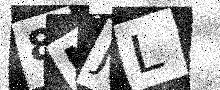
Text: 8NJL